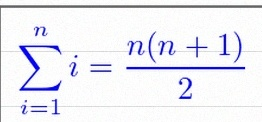
\sum_{i=1}^{n}i=\frac{n(n+1)}2